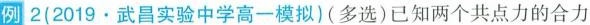
例 2(2019.武昌实验中学高一模拟)(多选)已知两个共点力的合力